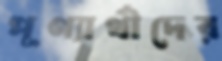
পূণ্যার্থীদের